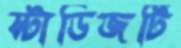
স্টাডিজটি